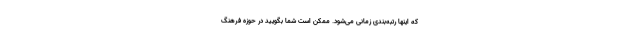
که اینها رتبه‌بندی زمانی می‌شود. ممکن است شما بگویید در حوزه فرهنگ